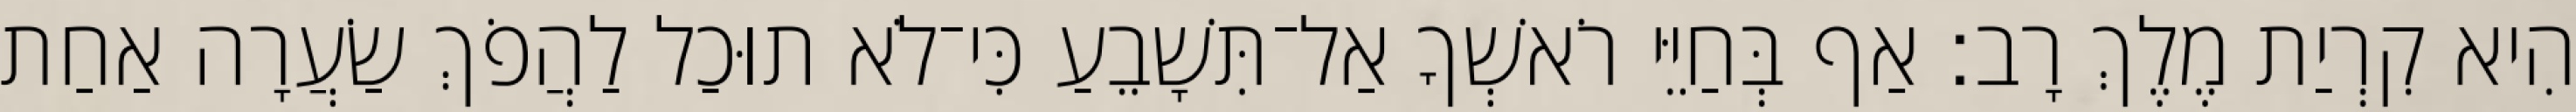
הִיא קִרְיַת מֶלֶךְ רָב׃ אַף בְּחַיֵּי רֹאשְׁךָ אַל־תִּשָׁבֵעַ כִּי־לֹא תוּכַל לַהֲפֹךְ שַׂעֲרָה אַחַת